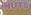
nuts